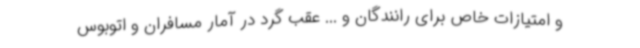
و امتیازات خاص برای رانندگان و ... عقب گرد در آمار مسافران و اتوبوس